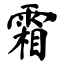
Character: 霜